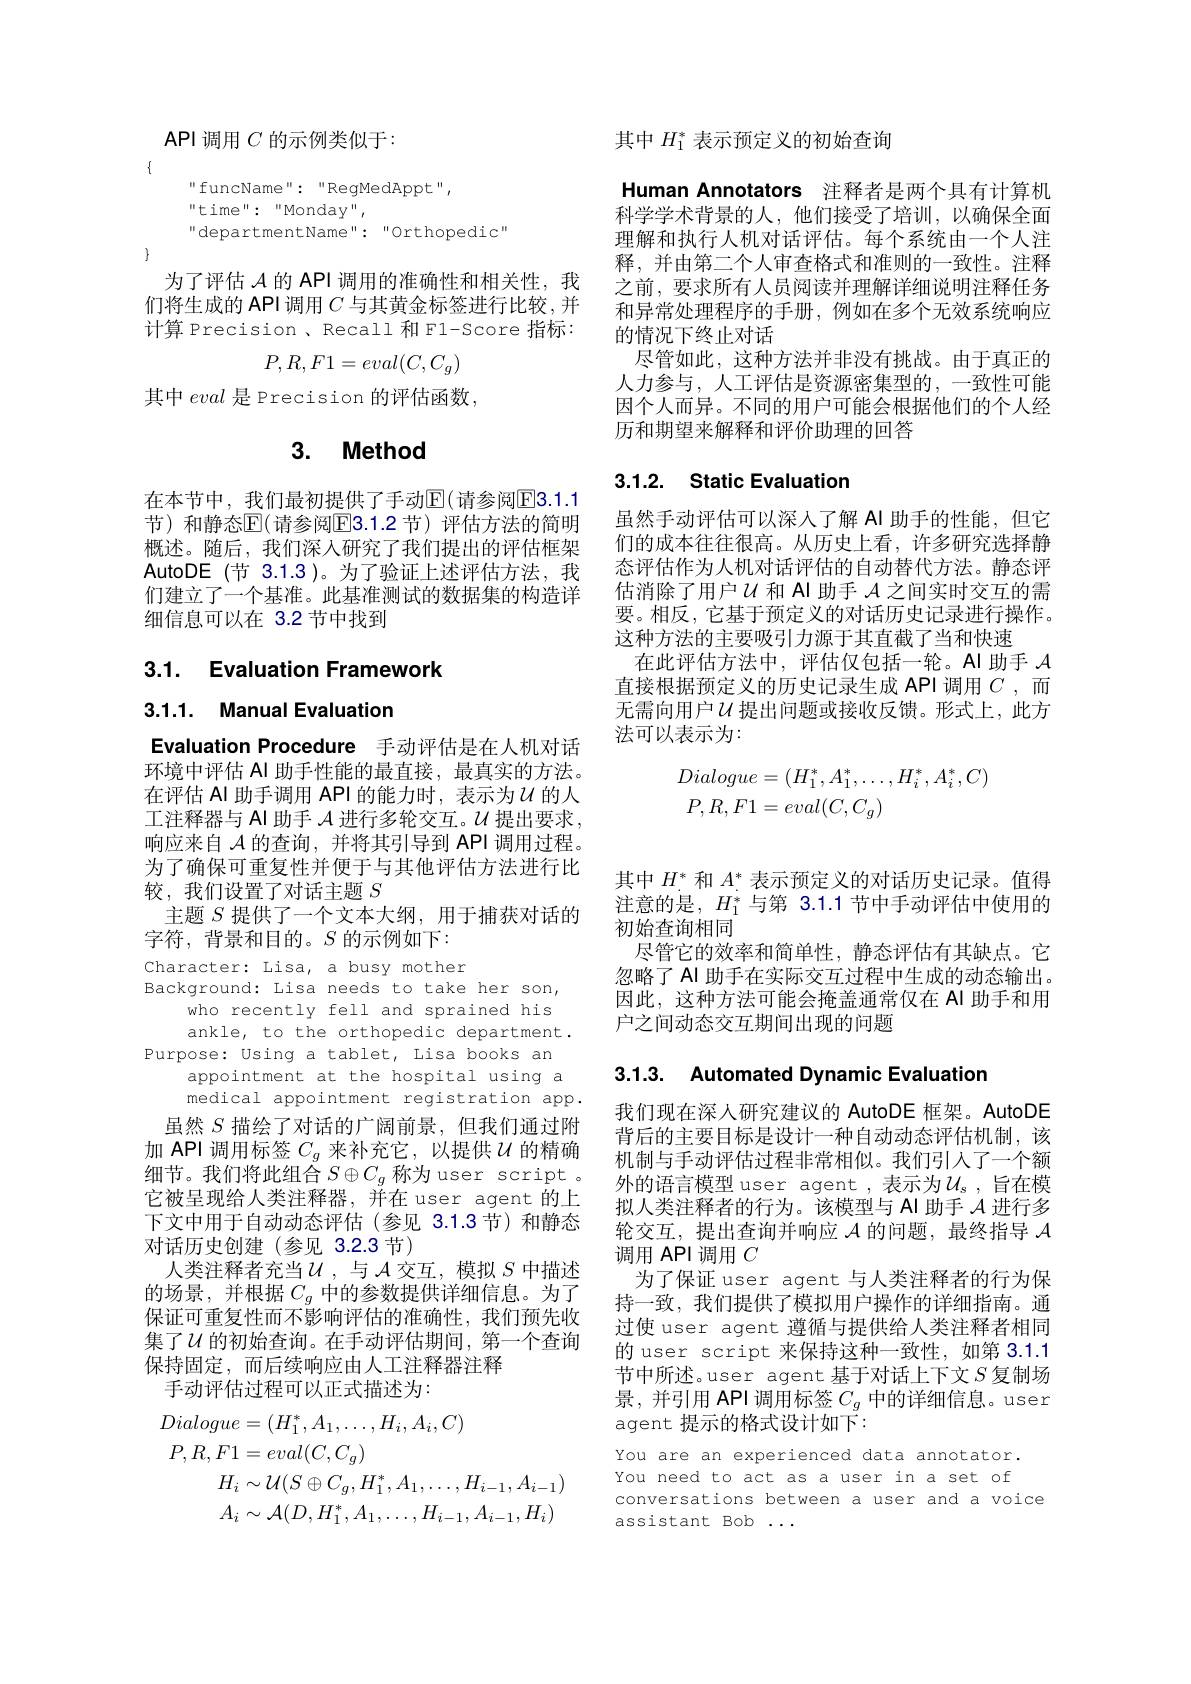
API 调用$C$的示例类似于：

$\{$
$$\begin{matrix}\text{''funcName'':“RegMedAppt'',}\\\text{''time'':“Monday'',}\\\text{''departmentName":“Orthopedic"}\end{matrix}$$
$\}$

为了评估$\mathcal{A}$的 API 调用的准确性和相关性，我们将生成的 API 调用$C$与其黄金标签进行比较，并计算 Precision , Recall 和 F1-Score 指标：
$$P,R,F1=eval(C,C_g)$$
其中eval是 Precision 的评估函数，

# 3. Method

在本节中，我们最初提供了手动$\mathbb{E}($请参阅$\overline{\mathrm{E3.1.1}}$ 节)和静态$\mathbb{E}($请参阅$\mathbb{E}$3.1.2节)评估方法的简明概述。随后，我们深人研究了我们提出的评估框架AutoDE (节 3.1.3)。为了验证上述评估方法，我们建立了一个基准。此基准测试的数据集的构造详细信息可以在 3.2 节中找到

3.1. Evaluation Framework

3.1.1. Manual Evaluation

Evaluation Procedure 手动评估是在人机对话环境中评估 Al 助手性能的最直接，最真实的方法。在评估 Al 助手调用 API 的能力时，表示为$u$ 的人工注释器与 Al 助手$\mathcal{A}$进行多轮交互。$\mathcal{U}$提出要求， 响应来自$\mathcal{A}$的查询，并将其引导到 API 调用过程。为了确保可重复性并便于与其他评估方法进行比较，我们设置了对话主题$S$
主题$S$提供了一个文本大纲，用于捕获对话的
字符，背景和目的。$S$的示例如下：

Character: Lisa, a busy mother
Background: Lisa needs to take her son,
who recently fell and sprained his ankle, to the orthopedic department .
Purpose: Using a tablet, Lisa books an
appointment at the hospital using a
medical appointment registration app. 虽然$S$ 描绘了对话的广阔前景，但我们通过附
加 API 调用标签$C_g$来补充它，以提供$\mathcal{U}$的精确细节。我们将此组合$S\oplus C_g$称为 user script 。它被呈现给人类注释器，并在 user agent 的上下文中用于自动动态评估(参见 3.1.3节)和静态对话历史创建(参见 3.2.3 节)
人类注释者充当$\mathcal{U}$,与$\mathcal{A}$ 交互，模拟 $S$ 中描述的场景，并根据$C_g$中的参数提供详细信息。为了保证可重复性而不影响评估的准确性，我们预先收集了$\mathcal{U}$ 的初始查询。在手动评估期间，第一个查询保持固定，而后续响应由人工注释器注释
手动评估过程可以正式描述为：
$$\begin{aligned}Dialogue&=(H_{1}^{*},A_{1},\ldots,H_{i},A_{i},C)\\P,R,F1&=eval(C,C_{g})\\&H_{i}\sim\mathcal{U}(S\oplus C_{g},H_{1}^{*},A_{1},\ldots,H_{i-1},A_{i-1})\\&A_{i}\sim\mathcal{A}(D,H_{1}^{*},A_{1},\ldots,H_{i-1},A_{i-1},H_{i})\end{aligned}$$
其中$H_1^*$表示预定义的初始查询

Human Annotators 注释者是两个具有计算机科学学术背景的人，他们接受了培训，以确保全面理解和执行人机对话评估。每个系统由一个人注释，并由第二个人审查格式和准则的一致性。注释之前，要求所有人员阅读并理解详细说明注释任务和异常处理程序的手册，例如在多个无效系统响应的情况下终止对话
尽管如此，这种方法并非没有挑战。由于真正的人力参与，人工评估是资源密集型的，一致性可能因个人而异。不同的用户可能会根据他们的个人经历和期望来解释和评价助理的回答

## 3.1.2. Static Evaluation

虽然手动评估可以深入了解 Al 助手的性能，但它们的成本往往很高。从历史上看，许多研究选择静态评估作为人机对话评估的自动替代方法。静态评估消除了用户$U$和 AI 助手$\mathcal{A}$之间实时交互的需要。相反，它基于预定义的对话历史记录进行操作。这种方法的主要吸引力源于其直截了当和快速
在此评估方法中，评估仅包括一轮。AI 助手$\mathcal{A}$ 直接根据预定义的历史记录生成 API 调用$C$ ,而无需向用户$\mathcal{U}$提出问题或接收反馈。形式上，此方法可以表示为：
$$\begin{aligned}Dialogue&=(H_1^*,A_1^*,\ldots,H_i^*,A_i^*,C)\\P,R,F1&=eval(C,C_g)\end{aligned}$$
其中$H^*$和$A^*$表示预定义的对话历史记录。值得注意的是，$H_1^*$与第 3.1.1 节中手动评估中使用的初始查询相同
尽管它的效率和简单性，静态评估有其缺点。它忽略了 AI 助手在实际交互过程中生成的动态输出。因此，这种方法可能会掩盖通常仅在 Al 助手和用户之间动态交互期间出现的问题

## 3.1.3. Automated Dynamic Evaluation

我们现在深人研究建议的 AutoDE 框架。AutoDE 背后的主要目标是设计一种自动动态评估机制，该机制与手动评估过程非常相似。我们引人了一个额外的语言模型 user agent ,表示为$\mathcal{U}_s$, 旨在模拟人类注释者的行为。该模型与 AI 助手$\mathcal{A}$进行多轮交互，提出查询并响应$\mathcal{A}$ 的问题，最终指导 $\mathcal{A}$ 调用 API 调用$C$
为了保证 user agent 与人类注释者的行为保持一致，我们提供了模拟用户操作的详细指南。通过使 user agent 遵循与提供给人类注释者相同的user script 来保持这种一致性，如第 3.1.1节中所述。user agent 基于对话上下文$S$复制场景，并引用 API 调用标签$C_g$中的详细信息。user agent 提示的格式设计如下：

You are an experienced data annotator. You need to act as a user in a set of conversations between a user and a voice
assistant Bob ...